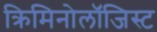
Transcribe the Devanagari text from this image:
क्रिमिनोलॉजिस्ट